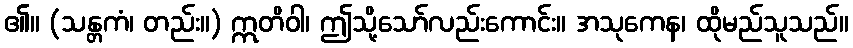
၏။ (သန္တကံ၊ တည်း။) ဣတိဝါ၊ ဤသို့သော်လည်းကောင်း။ အသုကေန၊ ထိုမည်သူသည်။